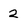
Character: 2